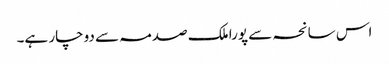
اس سانحہ سے پورا ملک صدمہ سے دوچار ہے۔